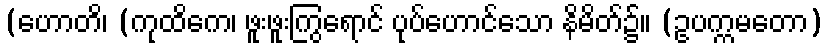
(ဟောတိ၊ (ကုထိကေ၊ ဖူးဖူးကြွရောင် ပုပ်ဟောင်သော နိမိတ်၌။ (ဥပက္ကမတော)